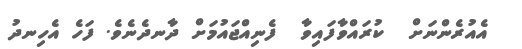
އެއުރެންނަށް  ކުރައްވާފައިވާ  ފެނިއްޖައުމަށް ދާނދެނެވެ. ފަހެ އެހިނދު